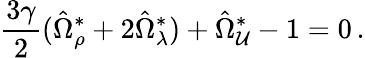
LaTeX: \frac{3\gamma}{2}(\hat{\Omega}_{\rho}^{\ast}+2\hat{\Omega}_{\lambda}^{\ast})+\hat{\Omega}_{\cal U}^{\ast}-1=0\, .